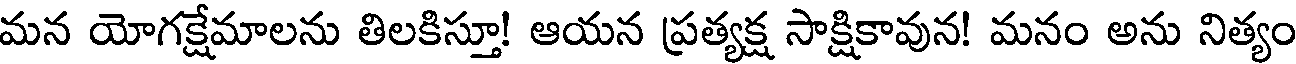
మన యోగక్షేమాలను తిలకిస్తూ! ఆయన ప్రత్యక్ష సాక్షికావున! మనం అను నిత్యం